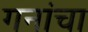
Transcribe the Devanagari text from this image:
गनांचा